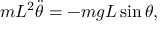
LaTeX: m L ^ { 2 } { \ddot { \theta } } = - m g L \sin \theta ,